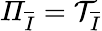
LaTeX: \mathit{\Pi}_{\overline{{I}}}=\mathcal{T}_{\overline{{I}}}